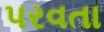
પરવતા